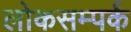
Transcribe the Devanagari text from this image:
लोकसम्पर्क